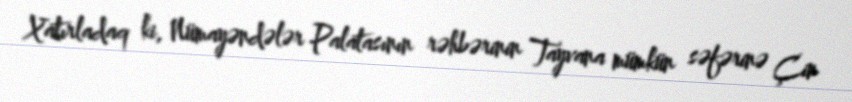
Xatırladaq ki, Nümayəndələr Palatasının rəhbərinin Tayvana mümkün səfərinə Çin